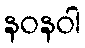
နဝနဝါ